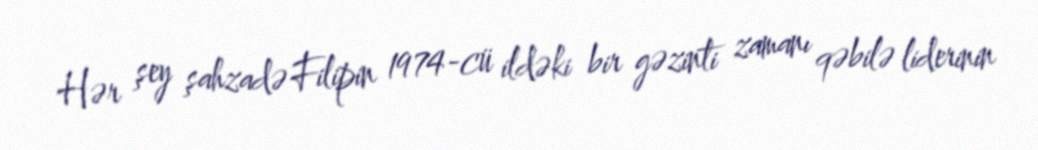
Hər şey şahzadə Filipin 1974-cü ildəki bir gəzinti zamanı qəbilə liderinin